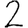
Digit: 2